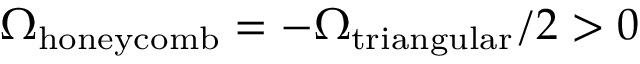
\Omega _ { \mathrm { h o n e y c o m b } } = - \Omega _ { \mathrm { t r i a n g u l a r } } / 2 > 0